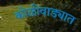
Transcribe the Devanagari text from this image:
कोळीवाड्यात